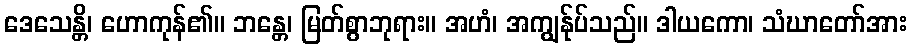
ဒေသေန္တိ၊ ဟောကုန်၏။ ဘန္တေ၊ မြတ်စွာဘုရား။ အဟံ၊ အကျွန်ုပ်သည်။ ဒါယကော၊ သံဃာတော်အား